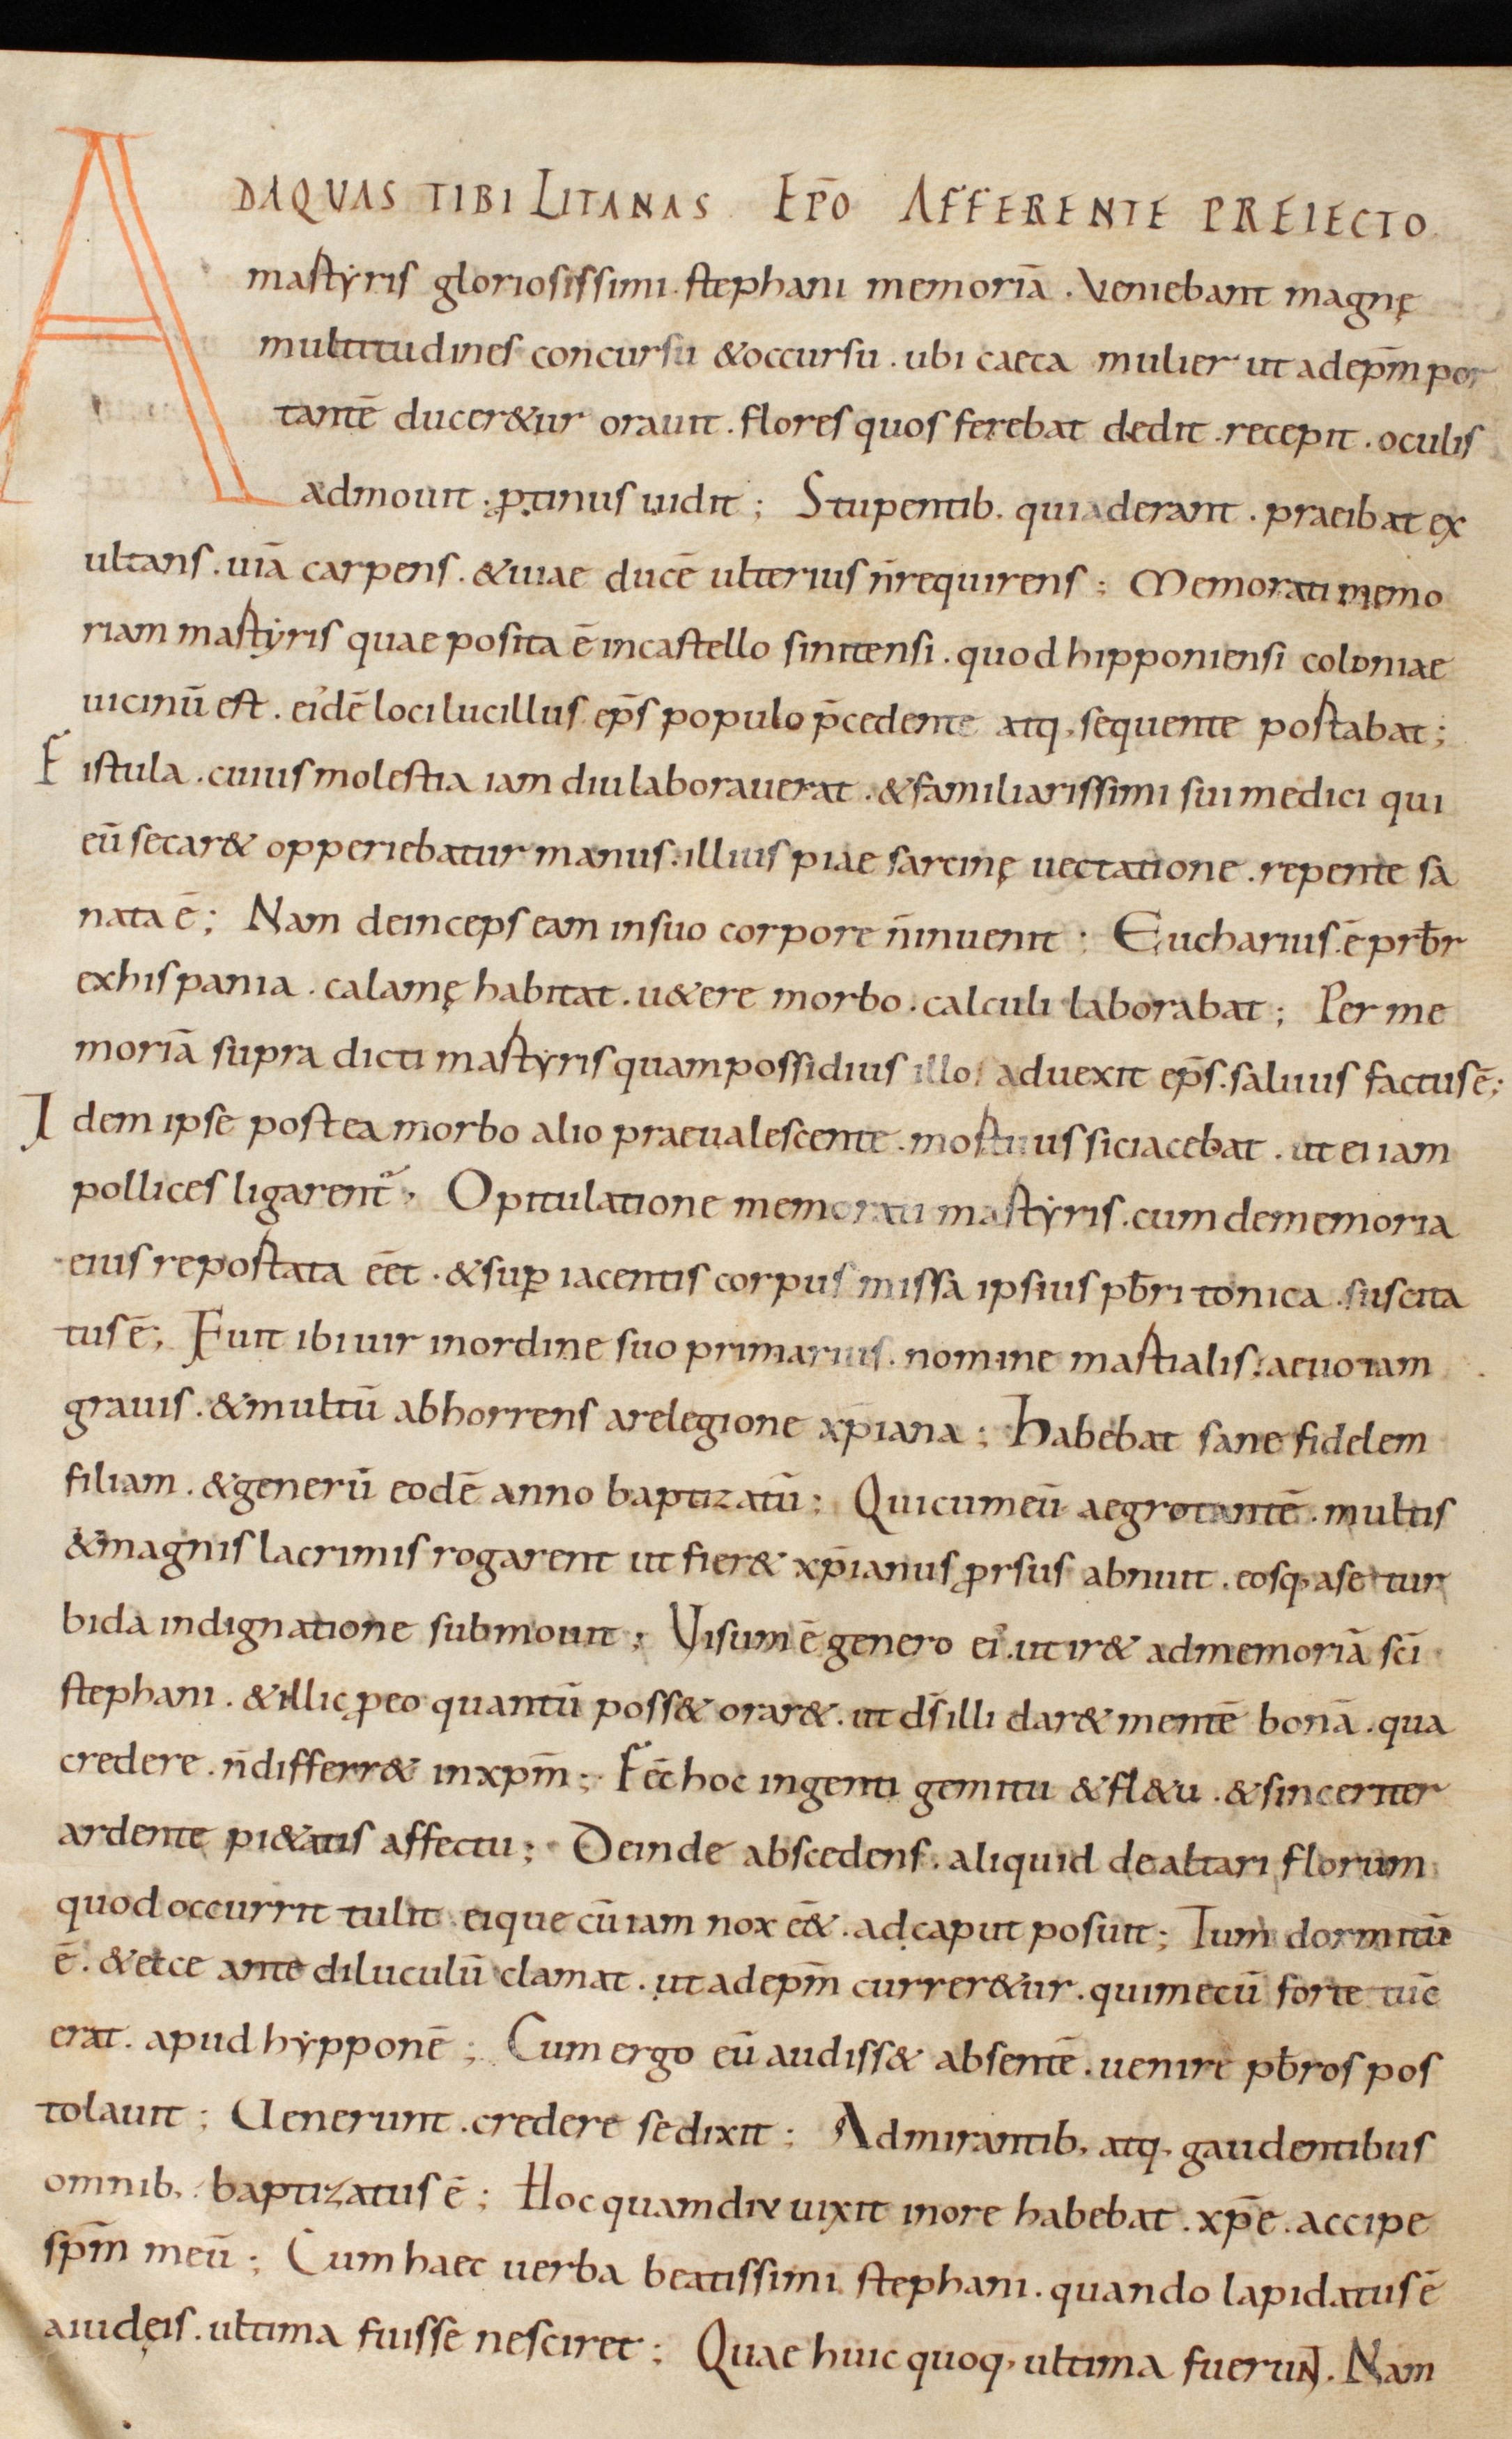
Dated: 800–999